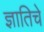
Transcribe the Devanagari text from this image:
ज्ञातिचे